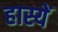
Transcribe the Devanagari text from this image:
हास्यें